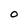
Character: 0